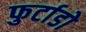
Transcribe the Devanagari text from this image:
फुर्टाडो